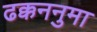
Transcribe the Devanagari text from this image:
ढक्कननुमा